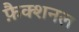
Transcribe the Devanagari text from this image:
फ़ैक्शनल